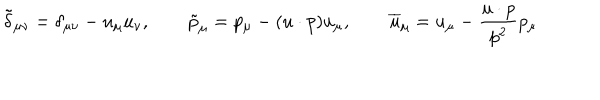
\tilde { \delta } _ { \mu \nu } = \delta _ { \mu \nu } - u _ { \mu } u _ { \nu } , \qquad \tilde { p } _ { \mu } = p _ { \mu } - ( u \cdot p ) u _ { \mu } , \qquad \overline { { { u } } } _ { \mu } = u _ { \mu } - \frac { u \cdot p } { p ^ { 2 } } p _ { \mu }